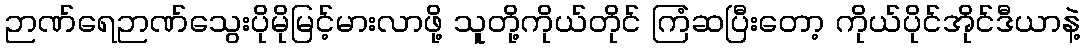
ဉာဏ်ရေဉာဏ်သွေးပိုမိုမြင့်မားလာဖို့ သူတို့ကိုယ်တိုင် ကြံဆပြီးတော့ ကိုယ်ပိုင်အိုင်ဒီယာနဲ့